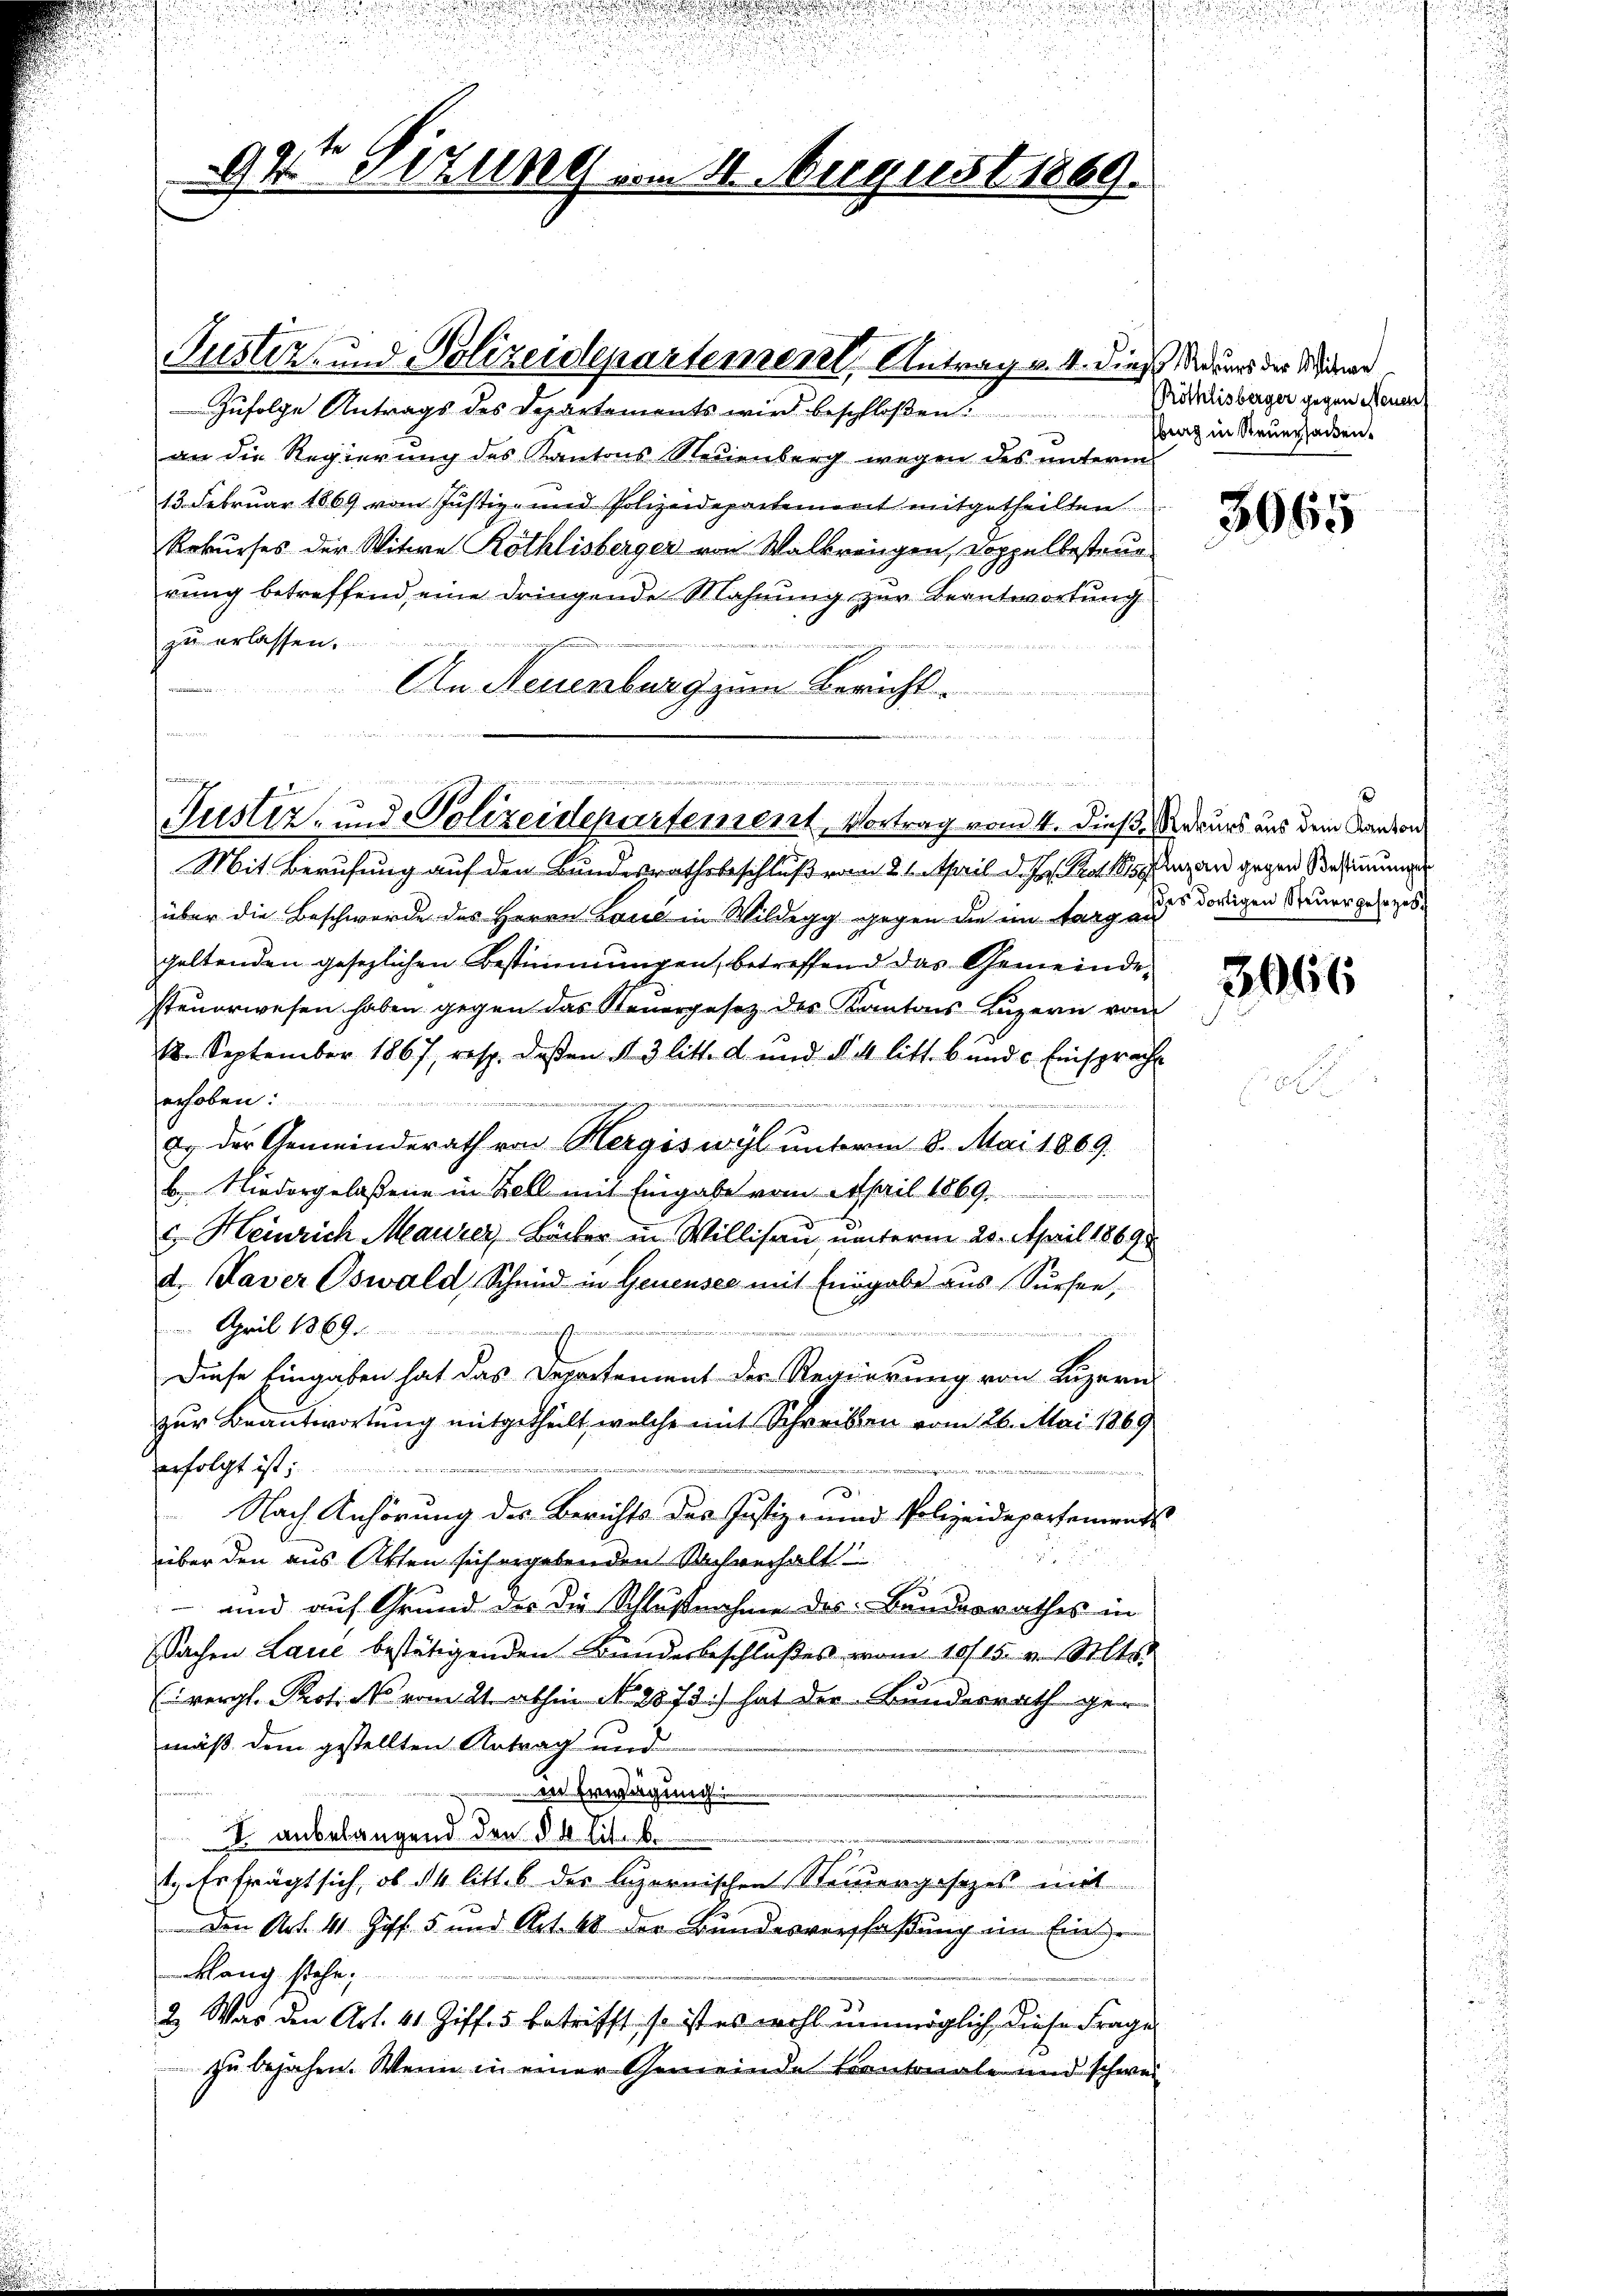
V Sizung vom 4. August 1889.

Zufolge Antrags des Departements wird beschloßen:
)
an die Regierung des Kantons Neuenburg wegen des unterm
13. Februar 1869 vom Justiz- und Polizeidepartement mitgetheilten
Rekurses der Witwe Röthlisberger von Walkreigen, Doppelbesteur
rung betreffend eine dringende Mahnung zur Beantwortung
zu erlassen.
miti
An Neuenburg zum Bericht.
u

Justiz- und Polizeidepartement, Antrag v. 4. dieß diesers der Mind

n
g
Justiz- und Polizeidepartement, Vortrag vom 4. dieß, Rekurs aus dem Kanton
Mit Berufung auf den Bundesrathsbeschluß vom 26. April d. Js. hat singen gegen Bestimmungen

Pröthlisberger gegen Neuen
berg in Steuerhacken.

über die Beschwerde des Herrn Laue in Wildegg gegen die im Larges dortigen Neuergeleges.
geltenden gesezlichen Bestimmungen, betreffend das Gemeindesteuerwesen haben gegen das Steuergesetz des Kantons Luzern vom
18. September 1867, resp. deβen § 3 litt. a und §. 4 litt. b und u. Einsprach
erhoben:
i
n
a. der Gemeinderath von Hergiswyl unterm 8. Mai 1869.
b Niedergelaßene in Zell mit Eingabe vom April 1869.
c. Heinrich Maurer, Bäcker in Willisau unterm 20. April 1869
d. Taver Oswald Schmid in Genensee mit Eingabe aus Sursee,
 April 1869.
a

Diese Eingaben hat das Departement der Regierung von Luzern
zur Beantwortung mitgetheilt, welche mit Schreiben vom 26. Mai 1869
erfolgt ist;
.
Nach Anhörung des Berichts des Justiz- und Polizeidepartements
82
über den aus Akten sich ergebenden Sachverhalt
- und auf Grund des die Schlußnahme des Bundesrathes in
Sachen Laue bestätigenden Bundesbeschlußes vom 10/15. v. Selts.
(vergl. Profes vom 21. abhin No 2573.) hat der Bundesrath ger
mäß dem gestellten Antrag und
 in Erwägung
I. anbelangend den § 4 lit. b.
t. Er frägt sich, ob ds litt. b des Luzernischen Steuergesezes mit
Den Art. 41 Ziff. 5 und Art. 48 der Bundesverschaffung im Ein¬
Rang stehe;
2. Was den Art. 41 Ziff. 5 betrifft, so ist es wohl unmöglich, diese Frage
zu bejahen. Wenn in einer Gemeinde Kantonale und schwei

3965

3066